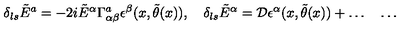
\delta _ { l s } \tilde { E } ^ { a } = - 2 i \tilde { E } ^ { \alpha } \Gamma _ { \alpha \beta } ^ { a } \epsilon ^ { \beta } ( x , \tilde { \theta } ( x ) ) , \quad \delta _ { l s } \tilde { E } ^ { \alpha } = { \cal D } \epsilon ^ { \alpha } ( x , \tilde { \theta } ( x ) ) + \ldots \quad \ldots